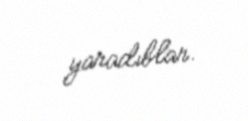
yaradıblar.